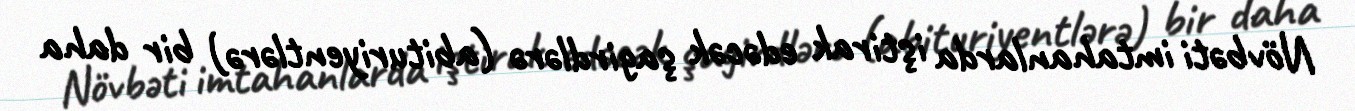
Növbəti imtahanlarda iştirak edəcək şagirdlərə (abituriyentlərə) bir daha